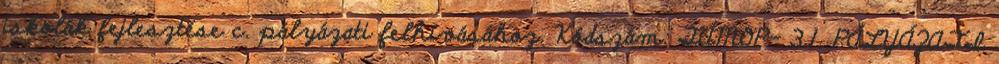
iskolák fejlesztése c. pályázati felhívásához. Kódszám: TÁMOP- 3.1. PÁLYÁZATI